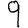
Digit: 9